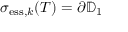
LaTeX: \sigma _ { \mathrm { e s s } , k } ( T ) = \partial \mathbb { D } _ { 1 }